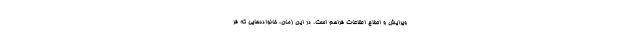
ویرایش و اصلاح اطلاعات فراهم است. در این زمان، خانواده‌هایی که فر